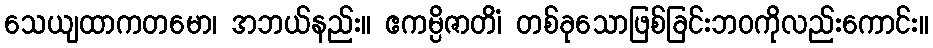
သေယျထာကတမော၊ အဘယ်နည်း။ ဧကမ္ပိဇာတိံ၊ တစ်ခုသောဖြစ်ခြင်းဘဝကိုလည်းကောင်း။